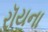
રૉયના